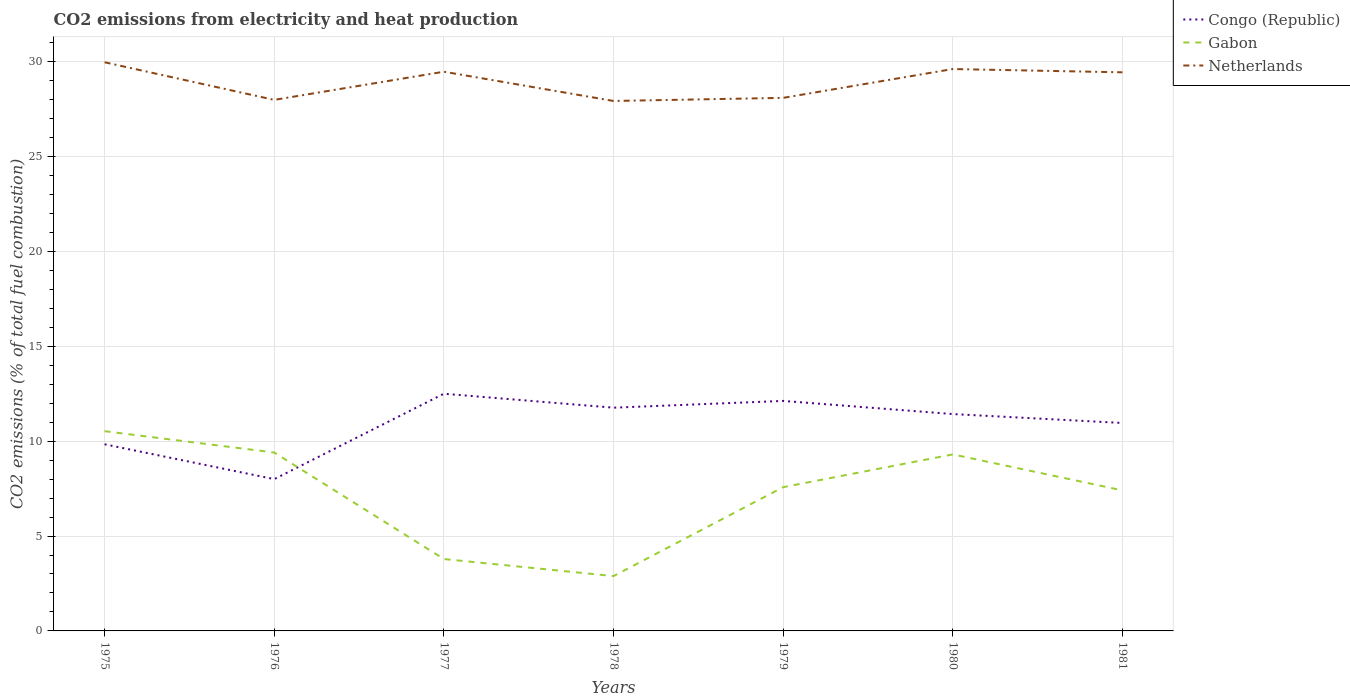
| Years | Congo (Republic) | Gabon | Netherlands |
 | --- | --- | --- | --- |
 | 1975 | 9.84 | 10.5 | 30 |
 | 1976 | 8 | 9.4 | 28 |
 | 1977 | 12.5 | 3.79 | 29.5 |
 | 1978 | 11.8 | 2.89 | 27.9 |
 | 1979 | 12.1 | 7.58 | 28.1 |
 | 1980 | 11.4 | 9.3 | 29.6 |
 | 1981 | 11 | 7.41 | 29.4 |